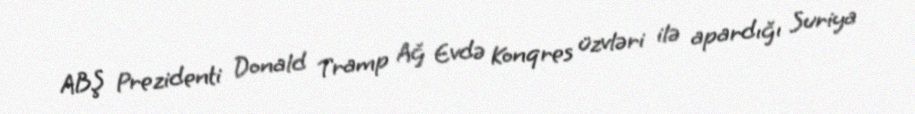
ABŞ Prezidenti Donald Tramp Ağ Evdə Konqres üzvləri ilə apardığı Suriya